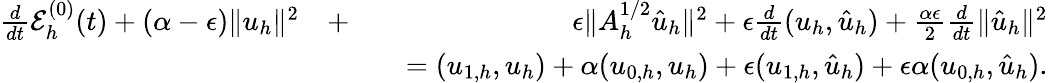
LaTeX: \begin{array}{rlr}{\frac{d}{dt}{\cal E}_{h}^{(0)}(t)+(\alpha-\epsilon)\| u_{h}\| ^{2}}&{+}&{\epsilon\| A_{h}^{1/2}\hat{u}_{h}\| ^{2}+\epsilon\frac{d}{dt}(u_{h},\hat{u}_{h})+\frac{\alpha\epsilon}{2}\frac{d}{dt}\| \hat{u}_{h}\| ^{2}}\\ &{}&{\quad=(u_{1,h},u_{h})+\alpha(u_{0,h},u_{h})+\epsilon(u_{1,h},\hat{u}_{h})+\epsilon\alpha(u_{0,h},\hat{u}_{h}).}\end{array}